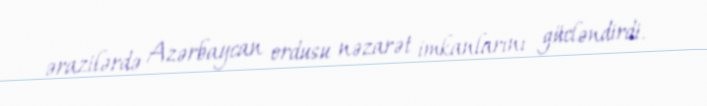
ərazilərdə Azərbaycan ordusu nəzarət imkanlarını gücləndirdi.